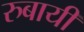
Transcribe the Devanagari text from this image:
रुबायी